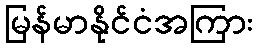
မြန်မာနိုင်ငံအကြား